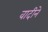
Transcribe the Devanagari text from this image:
वादीने